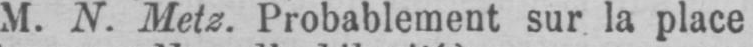
M. N. Metz. Probablement sur la place